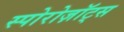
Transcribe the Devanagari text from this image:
स्पोरोज़ॉट्स